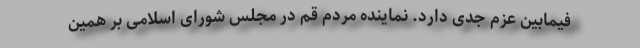
فیمابین عزم جدی دارد. نماینده مردم قم در مجلس شورای اسلامی بر همین